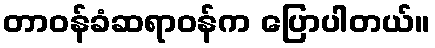
တာဝန်ခံဆရာဝန်က ပြောပါတယ်။